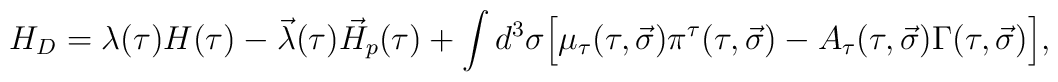
H_D = \lambda (\tau) H (\tau)- \vec{\lambda} (\tau) \vec{H}_p (\tau) +\int{d^3\sigma \Big[ \mu_\tau (\tau, \vec{\sigma}) \pi^\tau (\tau, \vec{\sigma})- A_\tau (\tau, \vec{\sigma}) \Gamma (\tau, \vec{\sigma}) \Big]} ,